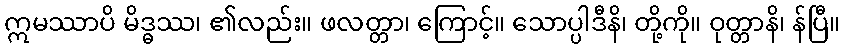
ဣမဿာပိ မိဒ္ဓဿ၊ ၏လည်း။ ဖလတ္တာ၊ ကြောင့်။ သောပ္ပါဒီနိ၊ တို့ကို။ ဝုတ္တာနိ၊ န်ပြီ။